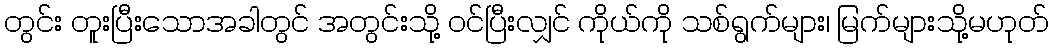
တွင်း တူးပြီးသောအခါတွင် အတွင်းသို့ ဝင်ပြီးလျှင် ကိုယ်ကို သစ်ရွက်များ၊ မြက်များသို့မဟုတ်